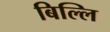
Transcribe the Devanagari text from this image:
बिल्लि